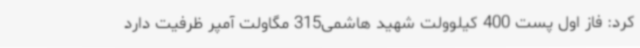
کرد: فاز اول پست 400 کیلوولت شهید هاشمی315 مگاولت آمپر ظرفیت دارد